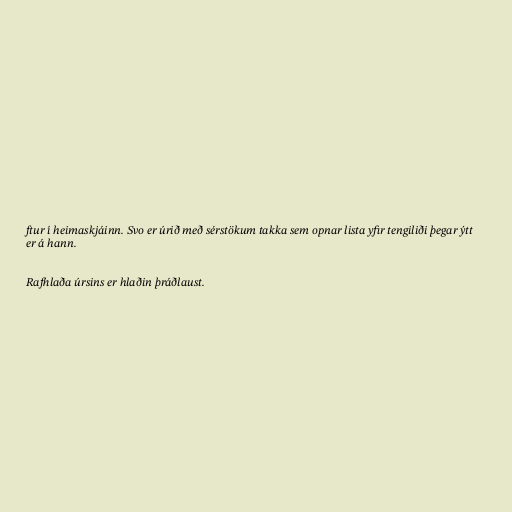
ftur í heimaskjáinn. Svo er úrið með sérstökum takka sem opnar lista yfir tengiliði þegar ýtt
er á hann.

Rafhlaða úrsins er hlaðin þráðlaust.